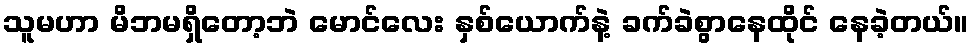
သူမဟာ မိဘမရှိတော့ဘဲ မောင်လေး နှစ်ယောက်နဲ့ ခက်ခဲစွာနေထိုင် နေခဲ့တယ်။